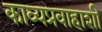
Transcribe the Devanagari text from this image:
काव्यप्रवाहाशी